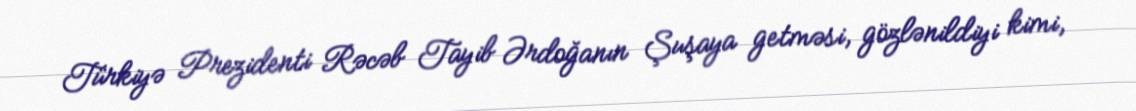
Türkiyə Prezidenti Rəcəb Tayib Ərdoğanın Şuşaya getməsi, gözlənildiyi kimi,